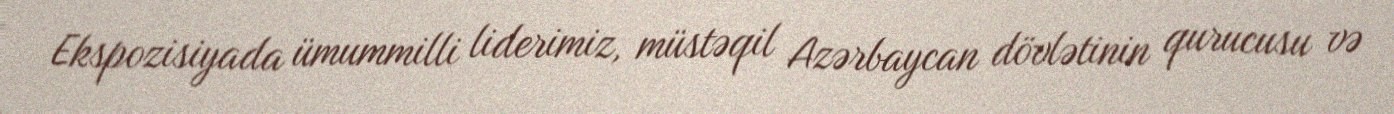
Ekspozisiyada ümummilli liderimiz, müstəqil Azərbaycan dövlətinin qurucusu və